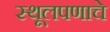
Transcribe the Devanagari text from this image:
स्थूलपणाचे